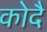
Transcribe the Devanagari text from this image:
कोदै